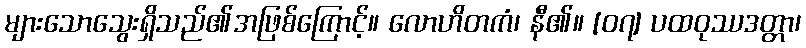
များသောသွေးရှိသည်၏အဖြစ်ကြောင့်။ လောဟိတကံ၊ နီ၏။ [၀၇] ပထဝုဿဒတ္တာ၊